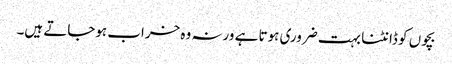
بچوں کو ڈانٹنا بہت ضروری ہوتا ہے ورنہ وہ خراب ہوجاتے ہیں۔